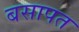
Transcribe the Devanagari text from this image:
बसापत